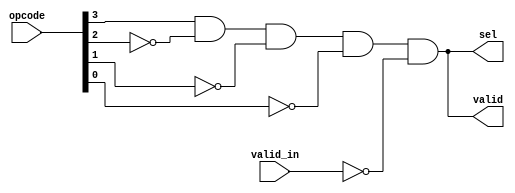
module ID_hazard(valid_in,opcode,sel,valid);
input valid_in;
input [3:0]opcode;//
output sel;
output valid;
assign sel = opcode[3]&~opcode[2]&~opcode[1]&~opcode[0]&~valid_in;
assign valid = opcode[3]&~opcode[2]&~opcode[1]&~opcode[0]&~valid_in;
endmodule